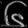
Digit: ၆